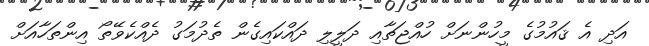
އަދި އެ ޤައުމުގެ މީހުންނަށް ހުއްޖަތާއި ދަލީލި ދައްކައިގެން ތެދުމަގު ދެއްކެވޭތޯ އިންތަހާއަށް